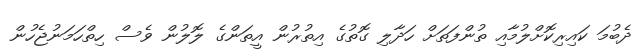
ދެބުމަ ކައިރިކޮށްލުމާއި ތުންފަތަށް ހަދާލި ގޮތުގެ އިތުރުން އީތަންގެ ލޮލުން ވެސް ހިތްހަމަނުޖެހުން